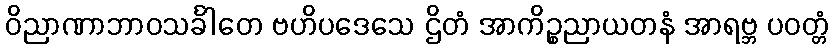
ဝိညာဏာဘာဝသင်္ခါတေ ဗဟိပဒေသေ ဌိတံ အာကိဉ္စညာယတနံ အာရဗ္ဘ ပဝတ္တံ